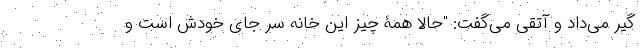
گیر می‌داد و آتقی می‌گفت: "حالا همۀ چیز این خانه سر جای خودش است و